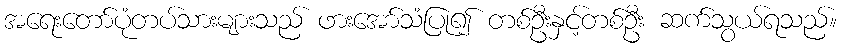
အရေးတော်ပုံတပ်သားများသည် ဖားအော်သံပြု၍ တစ်ဦးနှင့်တစ်ဦး ဆက်သွယ်ရသည်။